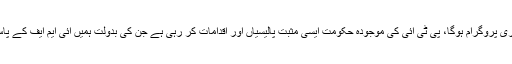
انہوں نے کہا کہ پاکستان آئی ایم ایف سے 19واں پروگرام لینے جا رہا ہے جو انشااللہ ہمارا آخری پروگرام ہوگا، پی ٹی آئی کی موجودہ حکومت ایسی مثبت پالیسیاں اور اقدامات کر رہی ہے جن کی بدولت ہمیں آئی ایم ایف کے پاس نہیں جانا پڑے گا کیونکہ ہم چاہتے بھی یہی ہیں کہ ہمیں آئی ایم ایف کے پا س نہ جانا پڑے۔